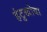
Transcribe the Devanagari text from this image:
हंटुखोवा